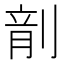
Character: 𪟍